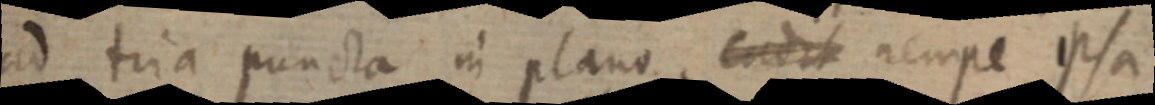
ad tria puncta in plano, cadit nempe ipsa